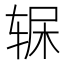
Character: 𲅂